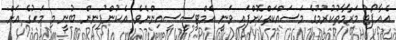
އެއާޕޯޓު މަރާމާތުކުރުމުގެ މަސައްކަތްކޮށްފައި ވަނީ އެމްޓީސީސީއިންނެވެ. އެކުންފުނިން ބުނީ މި މަހުގެ އަށް